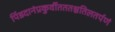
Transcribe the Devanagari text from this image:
पिंडदानंप्रकुर्वीतततश्चतिलतर्पणं